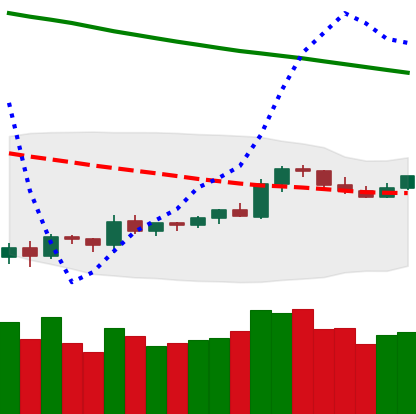
Ticker: TRX-USD
Chart end date: 2019-10-14
Forward return: -7.214%
Label: down_7plus